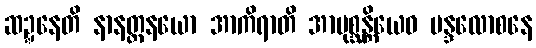
ဆဍ္ဍနေတိ နာနတ္တနယော အာကိရာတိ အာပုစ္ဆန္တိယေဝ မန္ဒလောစနေ